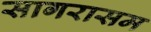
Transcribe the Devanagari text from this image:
सागरासम